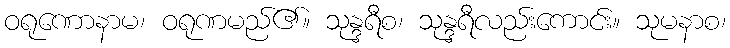
ဝရုဏောနာမ၊ ဝရုဏမည်၏။ သုန္ဒရီစ၊ သုန္ဒရီလည်းကောင်း။ သုမနာစ၊